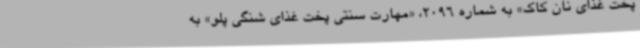
پخت غذای نان کاک» به شماره 2096، «مهارت سنتی پخت غذای شنگی پلو» به